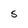
Character: S